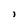
Character: i